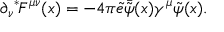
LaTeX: \partial _ { \nu } { } ^ { * } \! F ^ { \mu \nu } ( x ) = - 4 \pi \tilde { e } \bar { \tilde { \psi } } ( x ) \gamma ^ { \mu } \tilde { \psi } ( x ) .